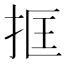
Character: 𢬤